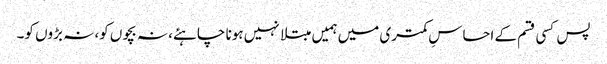
پس کسی قسم کے احساسِ کمتری میں ہمیں مبتلا نہیں ہونا چاہئے، نہ بچوں کو، نہ بڑوں کو۔